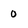
Character: 0